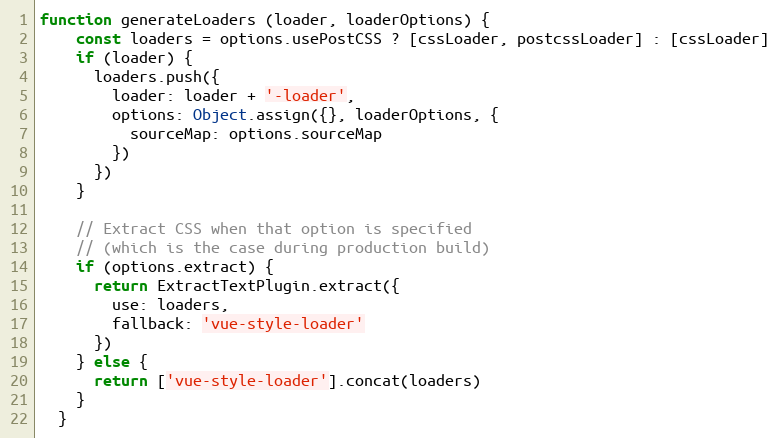
Language: JavaScript
function generateLoaders (loader, loaderOptions) {
    const loaders = options.usePostCSS ? [cssLoader, postcssLoader] : [cssLoader]
    if (loader) {
      loaders.push({
        loader: loader + '-loader',
        options: Object.assign({}, loaderOptions, {
          sourceMap: options.sourceMap
        })
      })
    }

    // Extract CSS when that option is specified
    // (which is the case during production build)
    if (options.extract) {
      return ExtractTextPlugin.extract({
        use: loaders,
        fallback: 'vue-style-loader'
      })
    } else {
      return ['vue-style-loader'].concat(loaders)
    }
  }